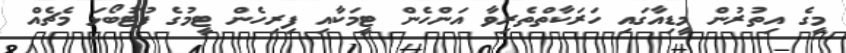
މީގެ އިތުރުން މީޑިއާގައި ހަރަކާތްތެރިވާ އަންހެން ޓީމަކާއި ފިރިހެން ޓީމުގެ ފުޓުބޯޅަ މެޗެއް